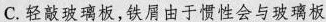
C.轻敲玻璃板，铁屑由于惯性会与玻璃板